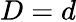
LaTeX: D=d